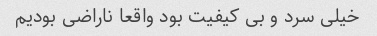
خیلی سرد و بی کیفیت بود واقعا ناراضی بودیم